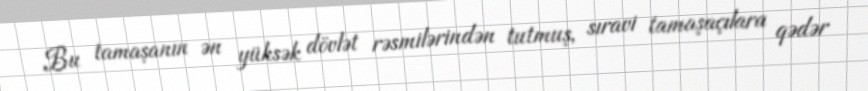
Bu tamaşanın ən yüksək dövlət rəsmilərindən tutmuş, sıravi tamaşaçılara qədər